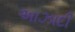
અાઝાદી